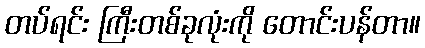
တပ်ရင်း ကြီးတစ်ခုလုံးကို တောင်းပန်တာ။